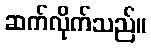
ဆက်လိုက်သည်။